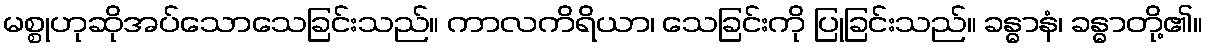
မစ္စုဟုဆိုအပ်သောသေခြင်းသည်။ ကာလကိရိယာ၊ သေခြင်းကို ပြုခြင်းသည်။ ခန္ဓာနံ၊ ခန္ဓာတို့၏။